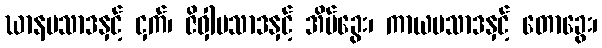
ဃာနပသာဒနှင့် ငှက်၊ ဇိဝှါပသာဒနှင့် အိမ်ခွေး၊ ကာယပသာဒနှင့် တောခွေး၊